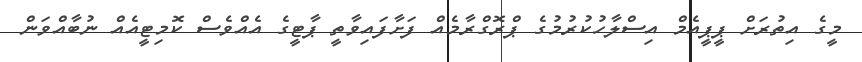
މީގެ އިތުރަށް ޕީޕީއެމް އިސްލާހުކުރުމުގެ ޕްރޮގްރާމެއް ފަށާފައިވާތީ ޕާޓީގެ އެއްވެސް ކޮމިޓީއެއް ނުބާއްވަން